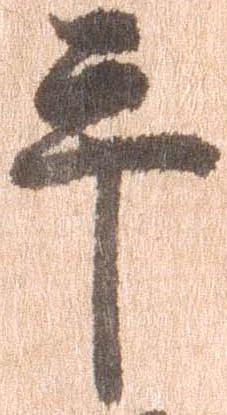
平